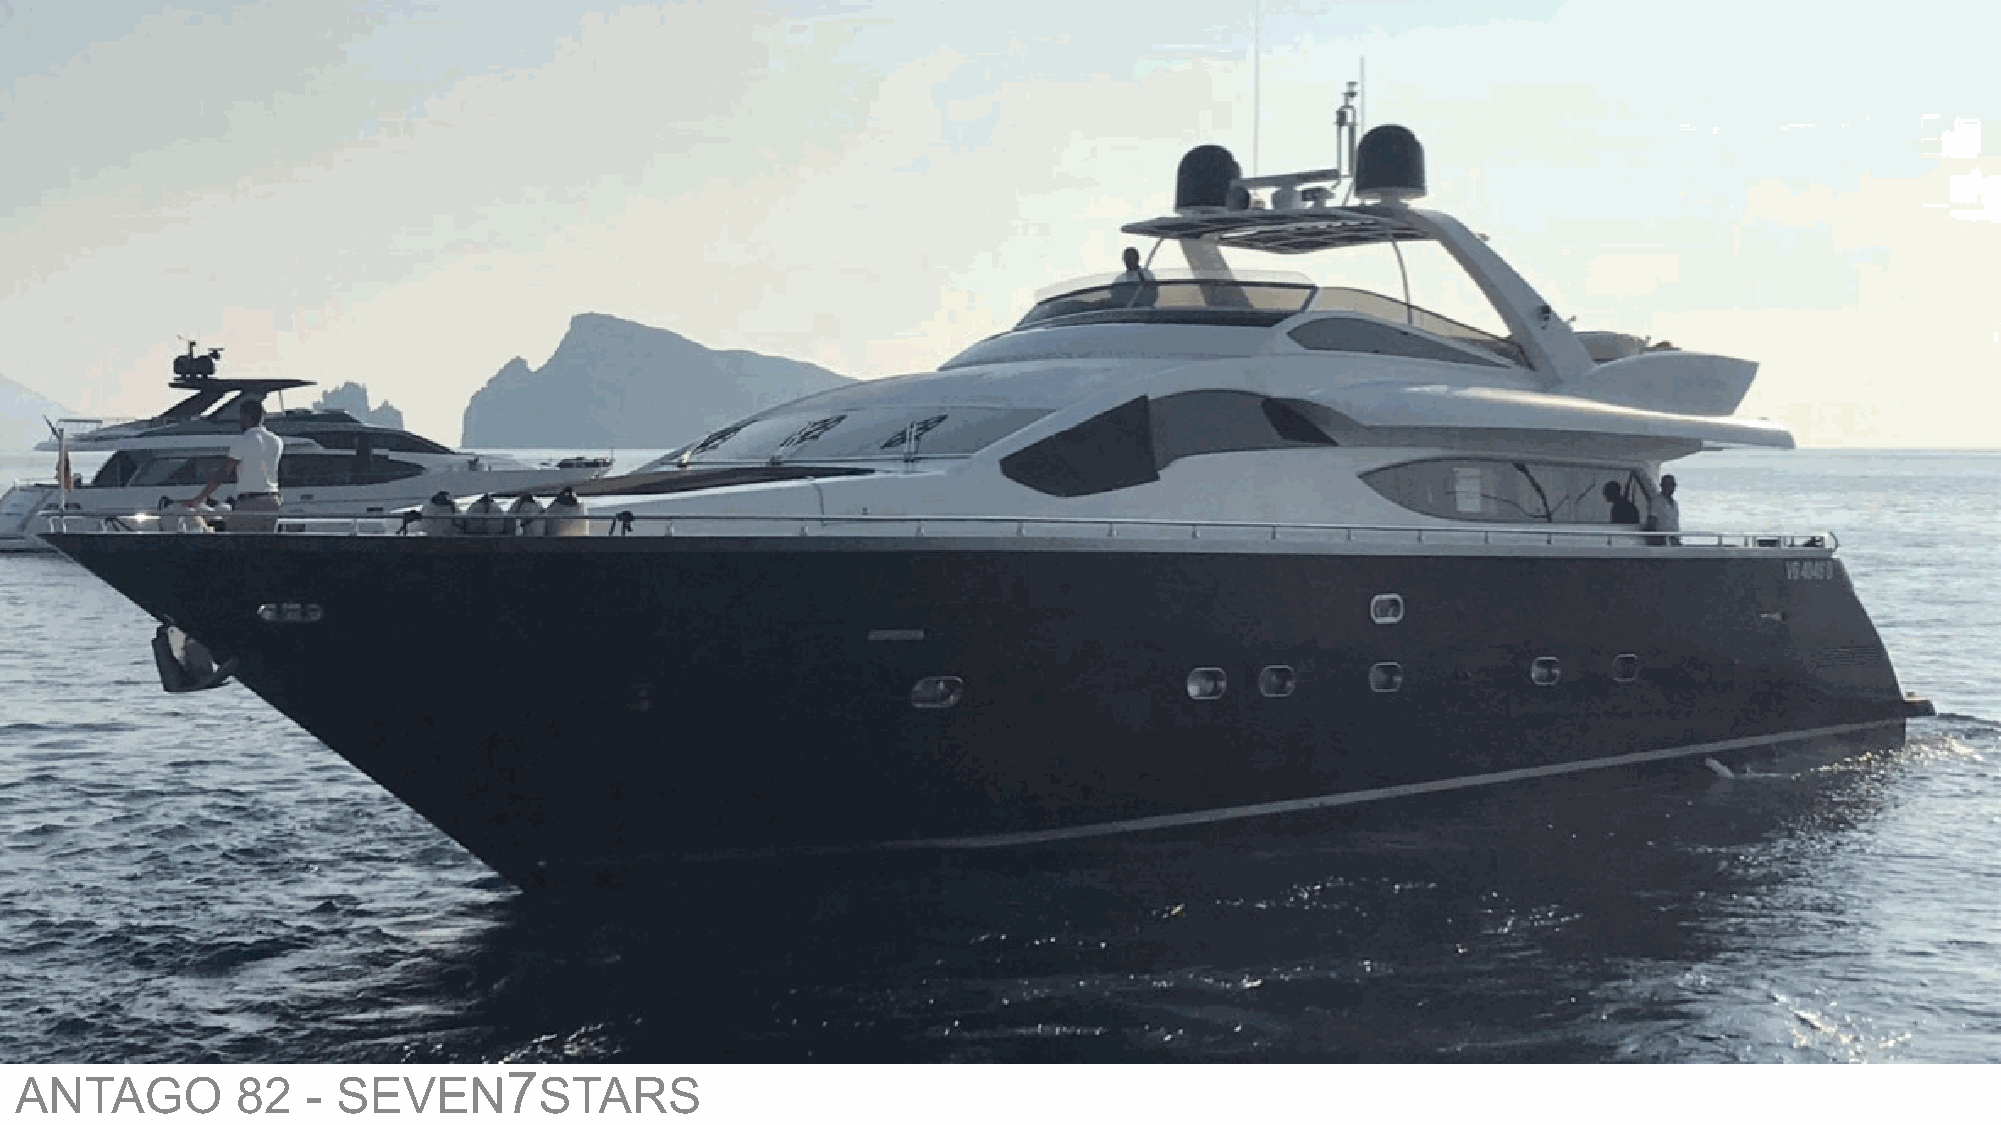
7
 ANTAGO         82  - SEVEN         STARS